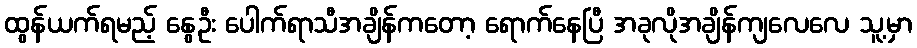
ထွန်ယက်ရမည့် နွေဦး ပေါက်ရာသီအချိန်ကတော့ ရောက်နေပြီ အခုလိုအချိန်ကျလေလေ သူ့မှာ